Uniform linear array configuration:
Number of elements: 48
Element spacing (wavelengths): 0.75
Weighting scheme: blackman
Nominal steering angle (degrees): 60
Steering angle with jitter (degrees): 59.321
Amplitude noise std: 0.05
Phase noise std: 0.05

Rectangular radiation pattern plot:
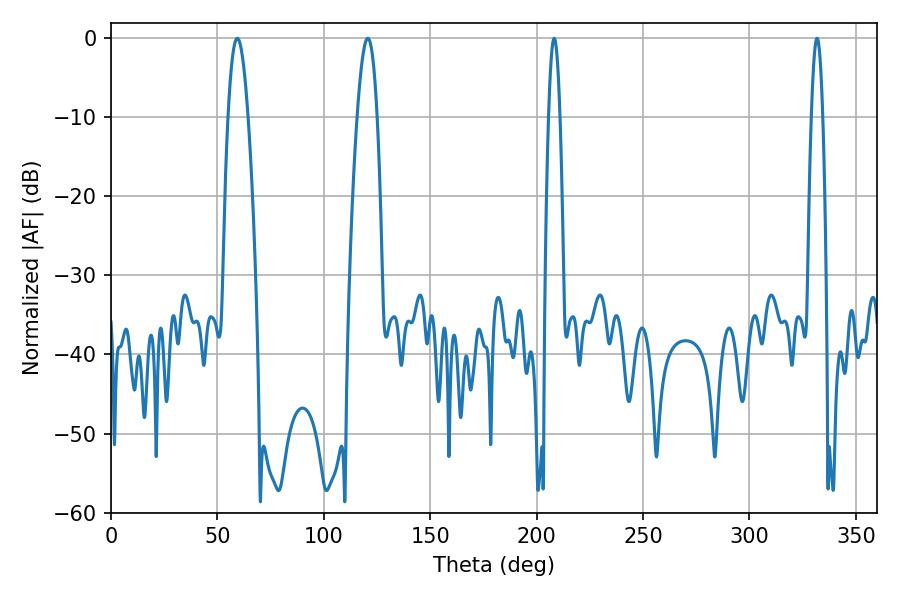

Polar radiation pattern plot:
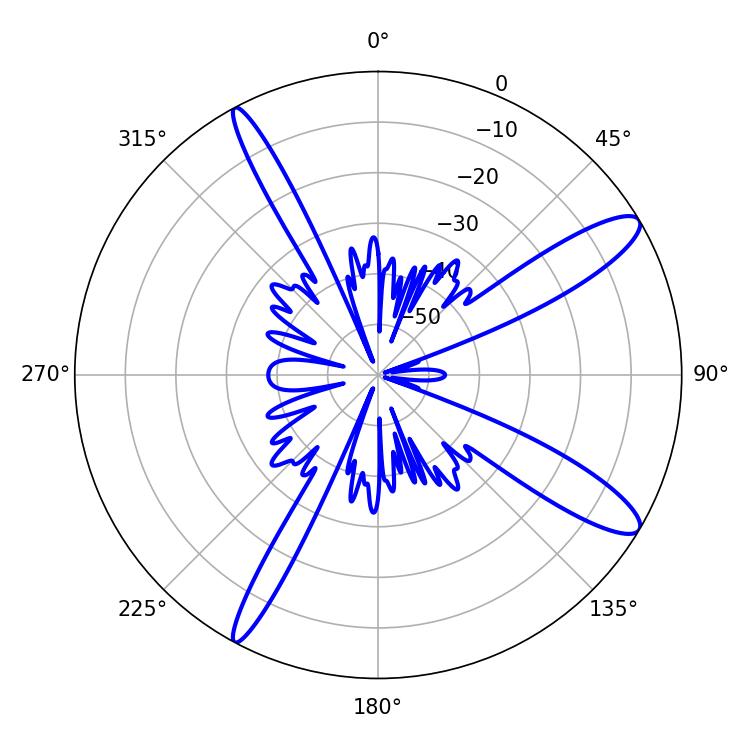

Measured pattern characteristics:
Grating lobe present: TRUE
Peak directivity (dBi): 12.421
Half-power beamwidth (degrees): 2.88
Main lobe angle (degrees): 208.26